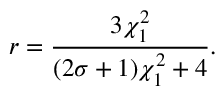
r = \frac { 3 \chi _ { 1 } ^ { 2 } } { ( 2 \sigma + 1 ) \chi _ { 1 } ^ { 2 } + 4 } .